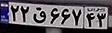
۲۲ق۶۶۷۴۳